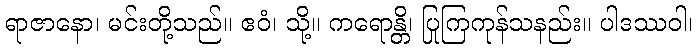
ရာဇာနော၊ မင်းတို့သည်။ ဧဝံ၊ သို့။ ကရောန္တိ၊ ပြုကြကုန်သနည်း။ ပါဒဿဝါ၊